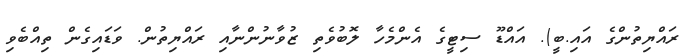
ރައްޔިތުންގެ އައި.ބީ). އައްޑޫ ސިޓީގެ އެންމެހާ ލޮބުވެތި ޒުވާނުންނާއި ރައްޔިތުން. ވަޑައިގެން ތިއްބެވި